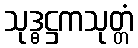
သုဒ္ဓဋ္ဌကသုတ္တံ